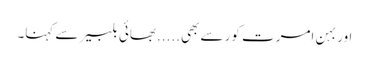
اور بہن امرت کور سے بھی.....بھائی بلبیر سے کہنا۔